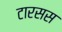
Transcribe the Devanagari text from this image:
टारसस